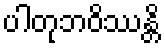
ပါတုဘဝိဿန္တိ